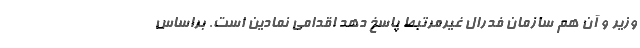
وزیر و آن هم سازمان فدرال غیرمرتبط پاسخ دهد اقدامی نمادین است. براساس